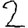
Digit: 2